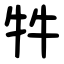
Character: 牪